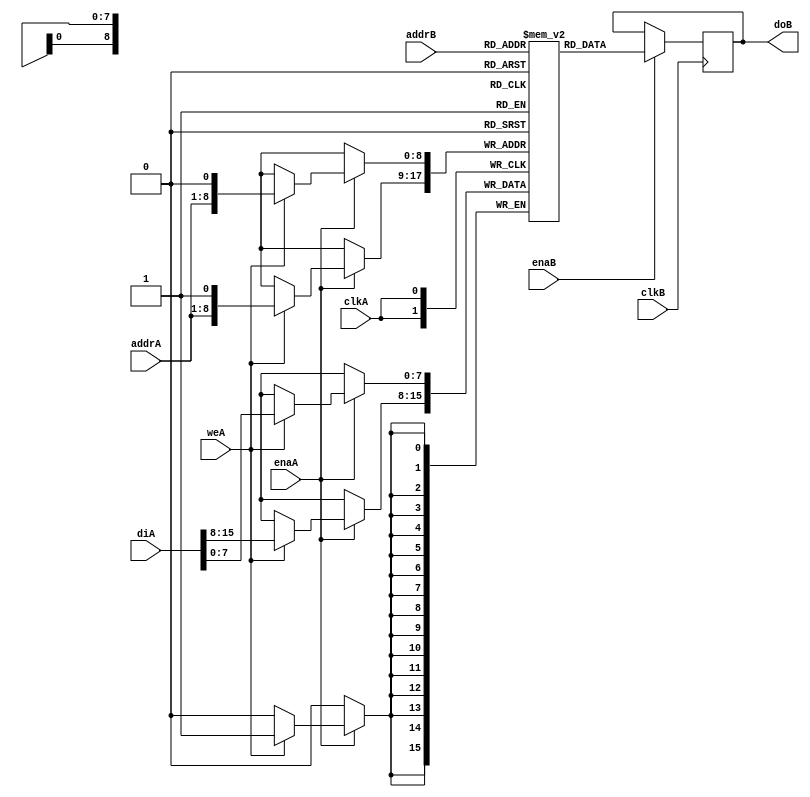
// Asymmetric port RAM
// Write wider than Read. Write Statement in a loop.
// asym_ram_sdp_write_wider_dc.v

module asym_ram_sdp_write_wider_dc_block (clkA, clkB, weA, enaA, enaB, addrA, addrB, diA, doB);

//Read
parameter WIDTHB = 8;
parameter SIZEB = 512;
parameter ADDRWIDTHB = 9;
//write
parameter WIDTHA = 16;
parameter SIZEA = 256;
parameter ADDRWIDTHA = 8;

input clkA;
input clkB;
input weA;
input enaA, enaB;
input [ADDRWIDTHA-1:0] addrA;
input [ADDRWIDTHB-1:0] addrB;
input [WIDTHA-1:0] diA;
output [WIDTHB-1:0] doB;

`define max(a,b) {(a) > (b) ? (a) : (b)}
`define min(a,b) {(a) < (b) ? (a) : (b)}

function integer log2;
input integer value;
reg [31:0] shifted;
integer res;

begin
if (value < 2)
log2 = value;
else
begin
shifted = value-1;
for (res=0; shifted>0; res=res+1)
shifted = shifted>>1;
log2 = res;
end
end
endfunction

localparam maxSIZE = `max(SIZEA, SIZEB);
localparam maxWIDTH = `max(WIDTHA, WIDTHB);//(WIDTHA = 16, WIDTHB = 8)
localparam minWIDTH = `min(WIDTHA, WIDTHB);//(WIDTHA = 16, WIDTHB = 8)
localparam RATIO = maxWIDTH / minWIDTH;// 16/8=2
localparam log2RATIO = log2(RATIO);//1
(* ram_style = "block" *)
reg [minWIDTH-1:0] RAM [0:maxSIZE-1];
reg [WIDTHB-1:0] readB;

/*-------- Read Block--------*/
always @(posedge clkB) begin
    if (enaB) begin
    readB <= RAM[addrB];
    end

end

assign doB = readB;

/*-------- Write Block--------*/
always @(posedge clkA)
begin : ramwrite

integer i;
reg [log2RATIO-1:0] lsbaddr;
    for (i=0; i< RATIO; i= i+ 1) begin : write1

        lsbaddr = i;
        if (enaA) begin
            if (weA)
            RAM[{addrA, lsbaddr}] <= diA[(i+1)*minWIDTH-1 -: minWIDTH];
        end
    end
end

endmodule